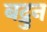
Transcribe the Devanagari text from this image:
बद्रुन